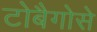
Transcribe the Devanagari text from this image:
टोबैगोसे